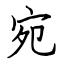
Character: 宛